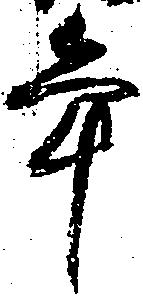
年